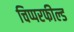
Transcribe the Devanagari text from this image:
चिप्परफील्ड